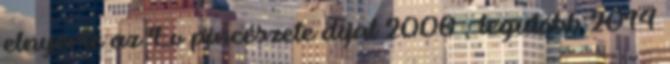
elnyerte az Év pincészete díjat 2006 , legutóbb 2014